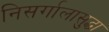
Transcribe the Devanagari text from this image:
निसर्गालासुद्धा